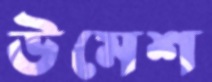
উমেশ